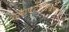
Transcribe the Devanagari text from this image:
वत्सपुच्छविकर्षणः।